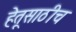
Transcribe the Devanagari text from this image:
हेतूसाठीच